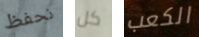
نحفظ كل الكعب